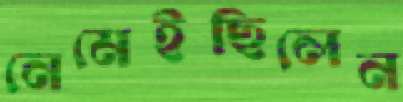
নেমেইছিলেন